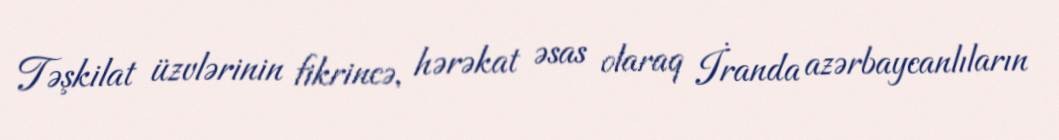
Təşkilat üzvlərinin fikrincə, hərəkat əsas olaraq İranda azərbaycanlıların